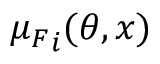
\boldsymbol { \mu _ { \boldsymbol { F } } } _ { i } ( \boldsymbol { \theta } , \boldsymbol { x } )